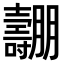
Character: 𡕑